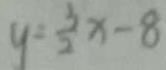
y = \frac { 3 } { 2 } x - 8